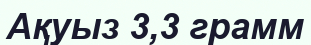
Ақуыз 3,3 грамм